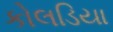
કોલડિયા